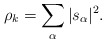
\begin{align*} \rho_{k} = \sum_{\alpha} \vert s_{\alpha}\vert^{2}. \end{align*}